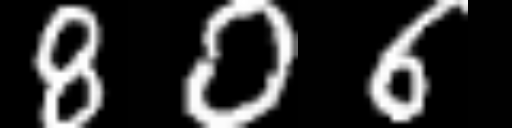
Text: 806